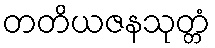
တတိယဇနသုတ္တံ